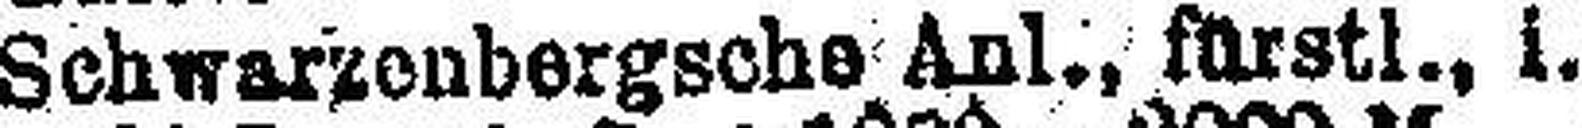
Schwarzenbergsche Anl., kürstl. I.